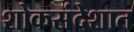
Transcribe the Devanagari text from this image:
शोकसंदेशात